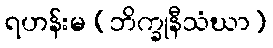
ရဟန်းမ (ဘိက္ခုနီသံဃာ)